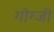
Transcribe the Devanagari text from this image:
गोग्जी